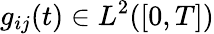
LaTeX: g_{ij}(t)\in L^{2}([0,T])